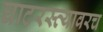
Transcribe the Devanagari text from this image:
घाटरस्त्यावरच